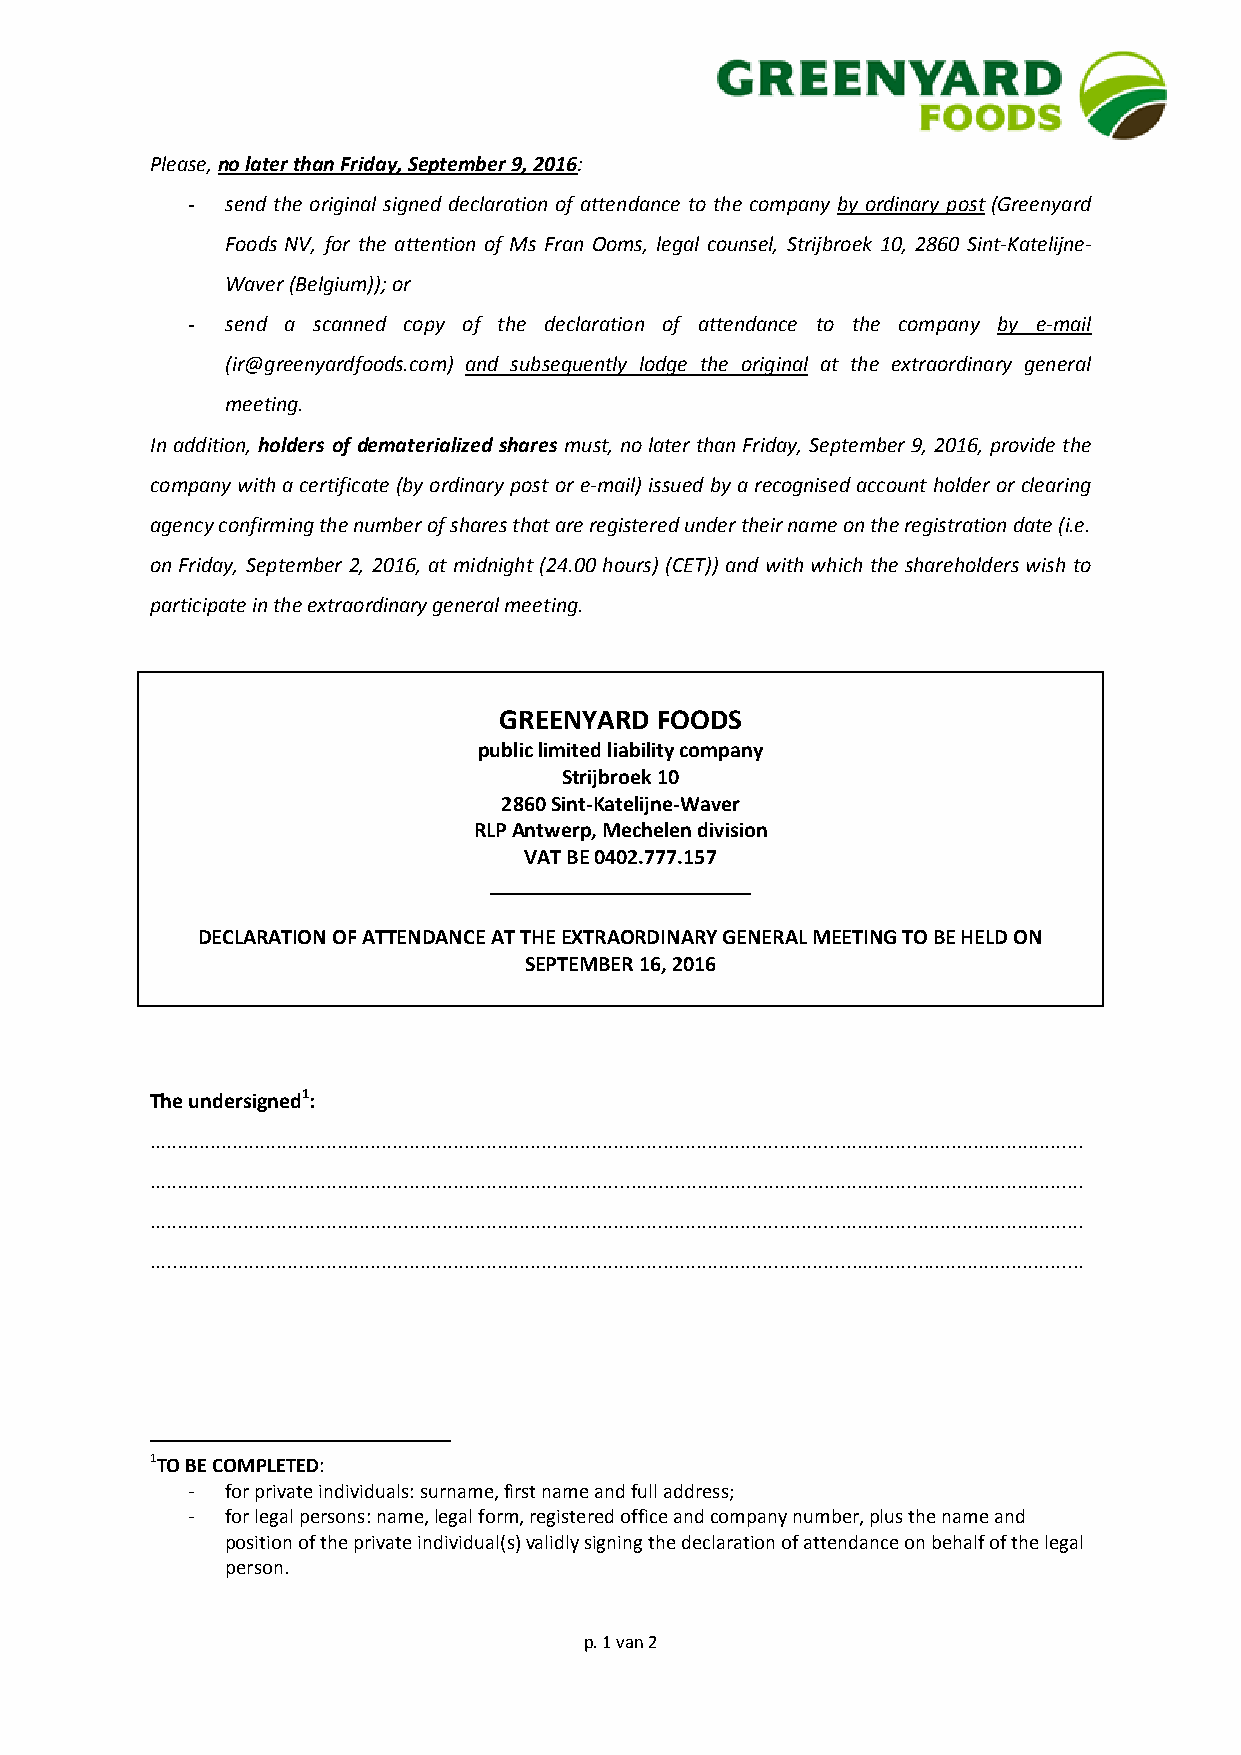
Please, no later than Friday, September 9, 2016:
 -  send the original signed declaration of attendance to the company by ordinary post (Greenyard
 Foods NV, for the attention of Ms Fran Ooms, legal counsel, Strijbroek 10, 2860 Sint-Katelijne-
 Waver (Belgium)); or
 -  send a scanned copy of the declaration of attendance to the company by e-mail
 (ir@greenyardfoods.com) and subsequently lodge the original at the extraordinary general
 meeting.
 In addition, holders of dematerialized shares must, no later than Friday, September 9, 2016, provide the
 company with a certificate (by ordinary post or e-mail) issued by a recognised account holder or clearing
 agency confirming the number of shares that are registered under their name on the registration date (i.e.
 on Friday, September 2, 2016, at midnight (24.00 hours) (CET)) and with which the shareholders wish to
 participate in the extraordinary general meeting.
 GREENYARD FOODS
 public limited liability company
 Strijbroek 10
 2860 Sint-Katelijne-Waver
 RLP Antwerp, Mechelen division
 VAT BE 0402.777.157
 ________________________
 DECLARATION OF ATTENDANCE AT THE EXTRAORDINARY GENERAL MEETING TO BE HELD ON
 SEPTEMBER 16, 2016
 The undersigned1:
 .........................................................................................................................................................................
 .........................................................................................................................................................................
 .........................................................................................................................................................................
 .........................................................................................................................................................................
 1TO BE COMPLETED:
 -  for private individuals: surname, first name and full address;
 -  for legal persons: name, legal form, registered office and company number, plus the name and
 position of the private individual(s) validly signing the declaration of attendance on behalf of the legal
 person.
 p. 1 van 2